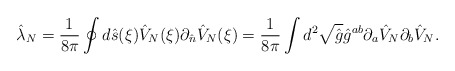
\begin{align*}{\hat{\lambda}_N}={1\over{8\pi}}\oint{d}\hat{s}(\xi){\hat{V}_N}(\xi){\partial_{\hat{n}}}{\hat{V}_N}(\xi)={1\over{8\pi}}\int{d^2}\sqrt{\hat{g}}{\hat{g}^{ab}}{\partial_a}{\hat{V}_N}{\partial_b}{\hat{V}_N}.\end{align*}